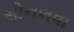
સોનલવા